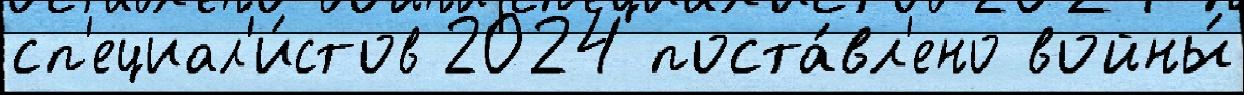
сп'ециал'и́стов 2024 поста́вл'ено войны́